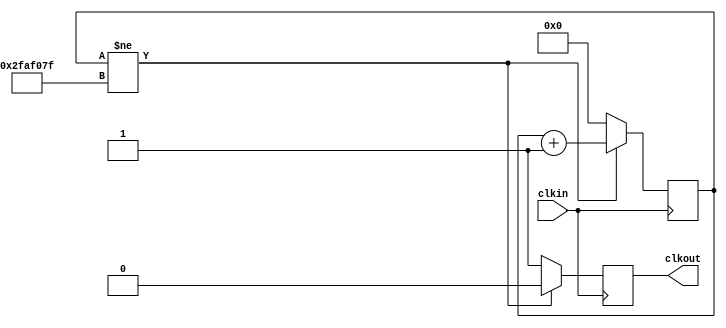
`timescale 1ns / 1ps
//////////////////////////////////////////////////////////////////////////////////
// Company: 
// Engineer: 
// 
// Design Name: 
// Module Name: slow_clk_1
// Project Name: 
// Target Devices: 
// Tool Versions: 
// Description: 
// 
// Dependencies: 
// 
// Revision:
// Revision 0.01 - File Created
// Additional Comments:
// 
//////////////////////////////////////////////////////////////////////////////////


module slow_clk_1(input clkin, output reg clkout);

 reg[25:0]count=0;
 
 always @(posedge clkin)
 if(count!=50_000_000-1)
 begin
 count<=count+1;
 clkout<=0;
 
 end
 else
 begin
 count<=0;
 clkout<=1;
 
 end
endmodule